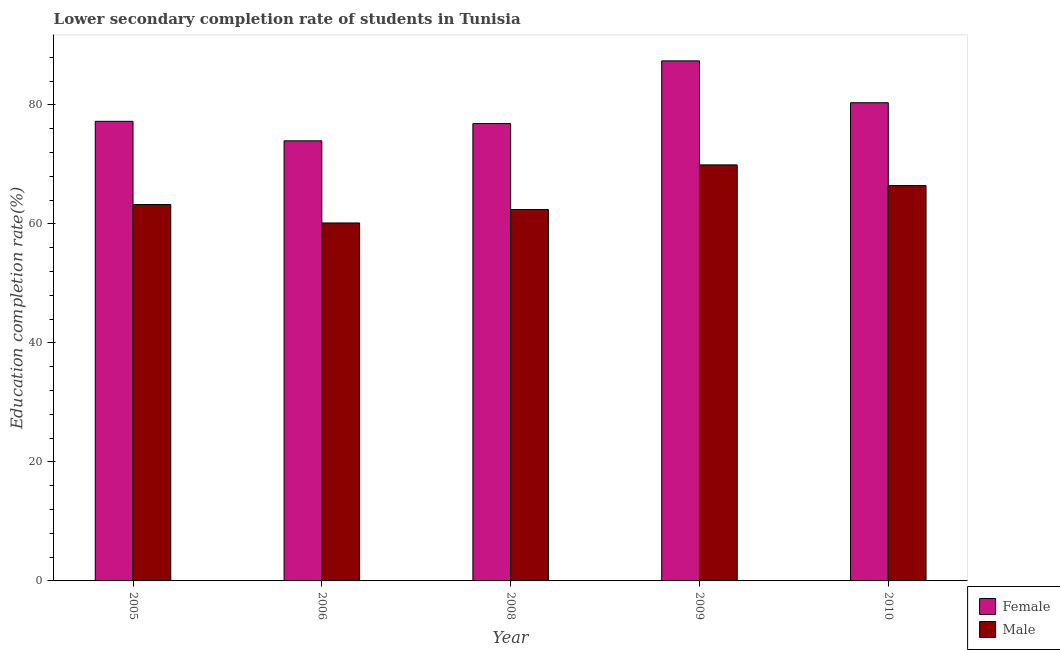
| Year | Female | Male |
 | --- | --- | --- |
 | 2005 | 77.2 | 63.2 |
 | 2006 | 74 | 60.1 |
 | 2008 | 76.9 | 62.4 |
 | 2009 | 87.4 | 69.9 |
 | 2010 | 80.4 | 66.4 |